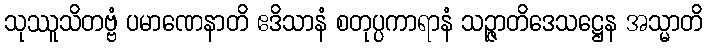
သုဿူသိတဗ္ဗံ ပမာဏေနာတိ ဧဒိသာနံ စတုပ္ပကာရာနံ သဉ္ဇာတိဒေသဋ္ဌေန အသ္မာတိ